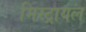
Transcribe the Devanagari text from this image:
मिस्ट्रायल